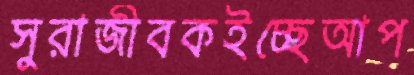
সুরাজীবকইচ্ছেআপ